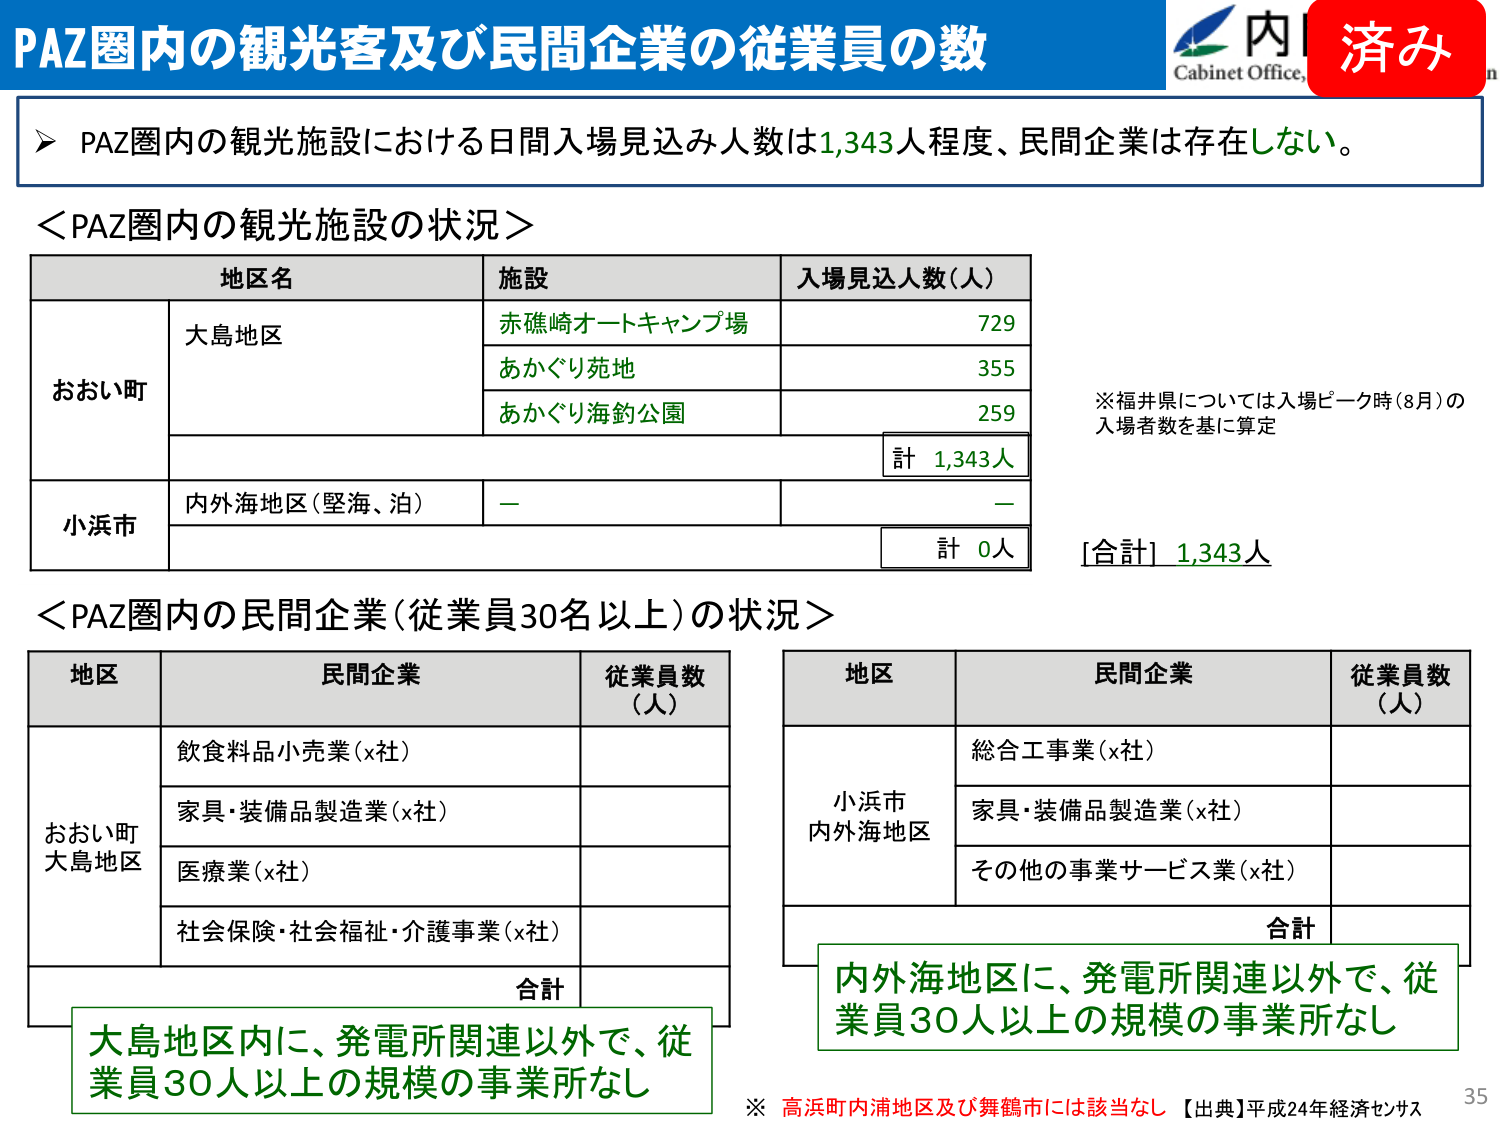
PAZ圏内の観光客及び民間企業の従業員の数
Cabinet Office
済み
▶ PAZ圏内の観光施設における日間入場見込み人数は1,343人程度、民間企業は存在しない。
＜PAZ圏内の観光施設の状況＞
地区名
施設
入場見込人数（人）
おおい町
大島地区
赤礁崎オートキャンプ場
729
あかぐり苑地
355
あかぐり海釣公園
259
計 1,343人
小浜市
内外海地区（堅海、泊）
－
－
計 0人
※福井県については入場ピーク時（8月）の入場者数を基に算定
［合計］1,343人
＜PAZ圏内の民間企業（従業員30名以上）の状況＞
地区
民間企業
従業員数（人）
おおい町
大島地区
飲食料品小売業（x社）
家具・装備品製造業（x社）
医療業（x社）
社会保険・社会福祉・介護事業（x社）
合計
地区
民間企業
従業員数（人）
小浜市
内外海地区
総合工事業（x社）
家具・装備品製造業（x社）
その他の事業サービス業（x社）
合計
大島地区内に、発電所関連以外で、従業員30人以上の規模の事業所なし
内外海地区に、発電所関連以外で、従業員30人以上の規模の事業所なし
※ 高浜町内浦地区及び舞鶴市には該当なし 【出典】平成24年経済センサス
35